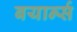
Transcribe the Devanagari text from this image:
बयार्न्स